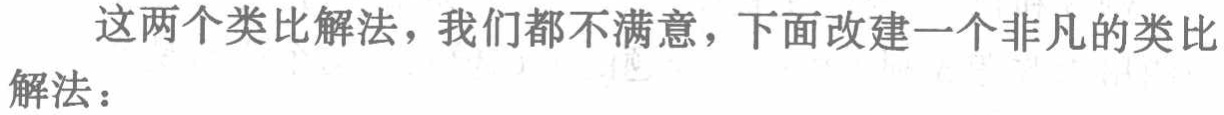
这两个类比解法，我们都不满意，下面改建一个非凡的类比
解法：